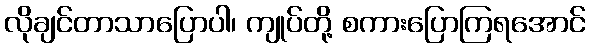
လိုချင်တာသာပြောပါ၊ ကျုပ်တို့ စကားပြောကြရအောင်